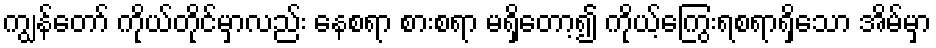
ကျွန်တော် ကိုယ်တိုင်မှာလည်း နေစရာ စားစရာ မရှိတော့၍ ကိုယ့်ကြွေးရစရာရှိသော အိမ်မှာ